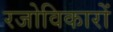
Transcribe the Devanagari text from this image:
रजोविकारों